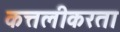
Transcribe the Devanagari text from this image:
कत्तलीकरता